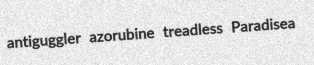
antiguggler azorubine treadless Paradisea